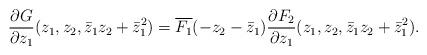
LaTeX: \begin{align*}\frac{\partial G}{\partial z_1}(z_1,z_2,\bar{z}_1 z_2 + \bar{z}_1^2 )=\overline{F_1}(-z_2-\bar{z}_1)\frac{\partial F_2}{\partial z_1}(z_1,z_2,\bar{z}_1 z_2 + \bar{z}_1^2) .\end{align*}